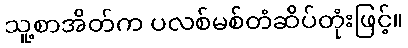
သူ့စာအိတ်က ပလစ်မစ်တံဆိပ်တုံးဖြင့်။